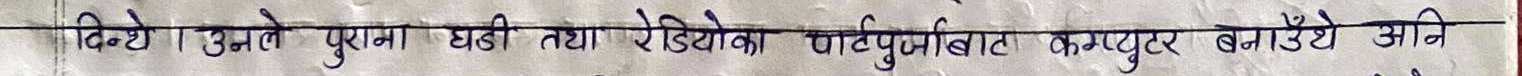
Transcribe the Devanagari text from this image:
दिये उनले पुराना घडी तथा रेडियोका पुर्जाबाट कम्प्युटर बनाउँथे अनि